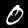
Digit: 0